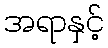
အရာနှင့်